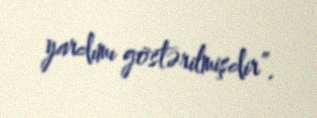
yardımı göstərilmişdir”.